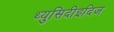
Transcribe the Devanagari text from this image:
थ्युसिदीइदिज